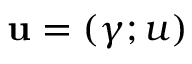
\mathbf { u } = ( \gamma ; u )